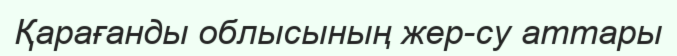
Қарағанды облысының жер-су аттары